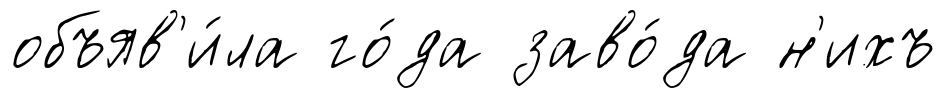
объяв'и́ла го́да заво́да н'ихъ